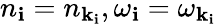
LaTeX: n_{\mathbf{i}}=n_{{\mathbf{k}}_{\mathbf{i}}},\omega_{\mathbf{i}}=\omega_{{\mathbf{k}}_{\mathbf{i}}}